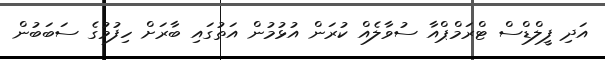
އަދި ފީލްޑްސް ޓްރަމްޕްއާ ސުވާލެއް ކުރަން އުޅުމުން އަތުގައި ބާރަށް ހިފުމުގެ ސަބަބުން